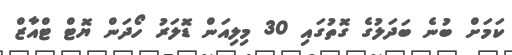
ކަމަށް ބުނެ ބަދަލުގެ ގޮތުގައި 30 މިލިއަން ޑޮލަރު ހޯދަން ޔޮޓް ޓްއާޒް